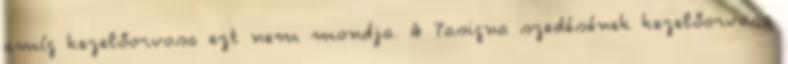
amíg kezelőorvosa ezt nem mondja. A Tasigna szedésének kezelőorvosa